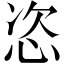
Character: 恣